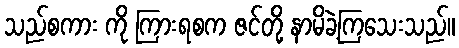
သည်စကား ကို ကြားရစက ဇင်တို့ နာမိခဲ့ကြသေးသည်။